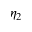
\eta _ { 2 }